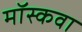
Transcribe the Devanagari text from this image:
मॉस्कवा